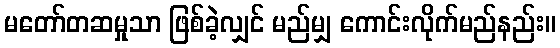
မတော်တဆမှုသာ ဖြစ်ခဲ့လျှင် မည်မျှ ကောင်းလိုက်မည်နည်း။